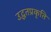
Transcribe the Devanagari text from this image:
उद्धतप्रकृति